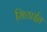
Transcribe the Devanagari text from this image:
मिठाईत